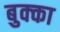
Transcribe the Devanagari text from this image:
बुक्‍का